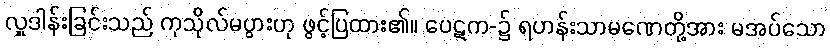
လှူဒါန်းခြင်းသည် ကုသိုလ်မပွားဟု ဖွင့်ပြထား၏။ ပေဋက-၌ ရဟန်းသာမဏေတို့အား မအပ်သော